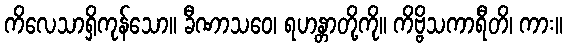
ကိလေသာရှိကုန်သော။ ခီဏာသဝေ၊ ရဟန္တာတို့ကို။ ကိဗ္ဗိသကာရီတိ၊ ကား။